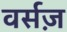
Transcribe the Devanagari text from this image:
वर्सज़